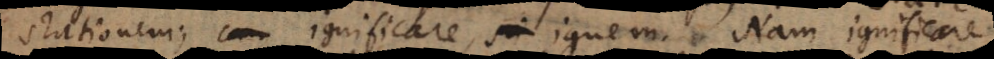
stationem; ignificare ignem. Nam ignificare